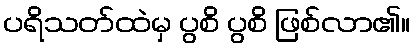
ပရိသတ်ထဲမှ ပွစိ ပွစိ ဖြစ်လာ၏။